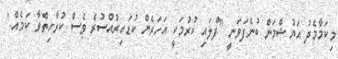
މިކަމާމެދު އަޔުޝްމަން ބުނެފަވަނީ ''ފްލައި ކުރުމަކީ އަހަރެން ކުޑައިރުއްސުރެ ވެސް ކުރާހިތްވާ ކަމެއް.'